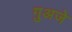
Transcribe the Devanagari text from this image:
गुअजे